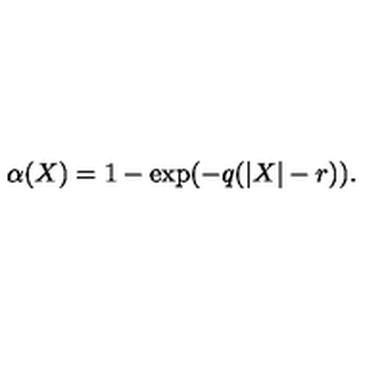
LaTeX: \alpha ( X ) = 1 - \exp ( { - q ( | X | - r ) } ) .